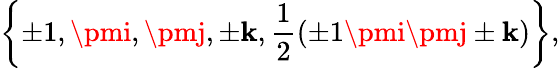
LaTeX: \left\{ \pm1,\pmi,\pmj,\pm\mathbf{k},\frac{{1}}{{2}}(\pm1\pmi\pmj\pm\mathbf{k})\right\} ,